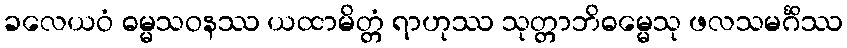
ခလေယဝံ ဓမ္မသဝနဿ ယထာမိတ္တံ ရာဟုဿ သုတ္တာဘိဓမ္မေသု ဖလသမင်္ဂိဿ